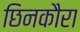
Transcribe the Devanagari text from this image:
छिनकौरा